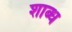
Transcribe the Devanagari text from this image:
शाब्ध